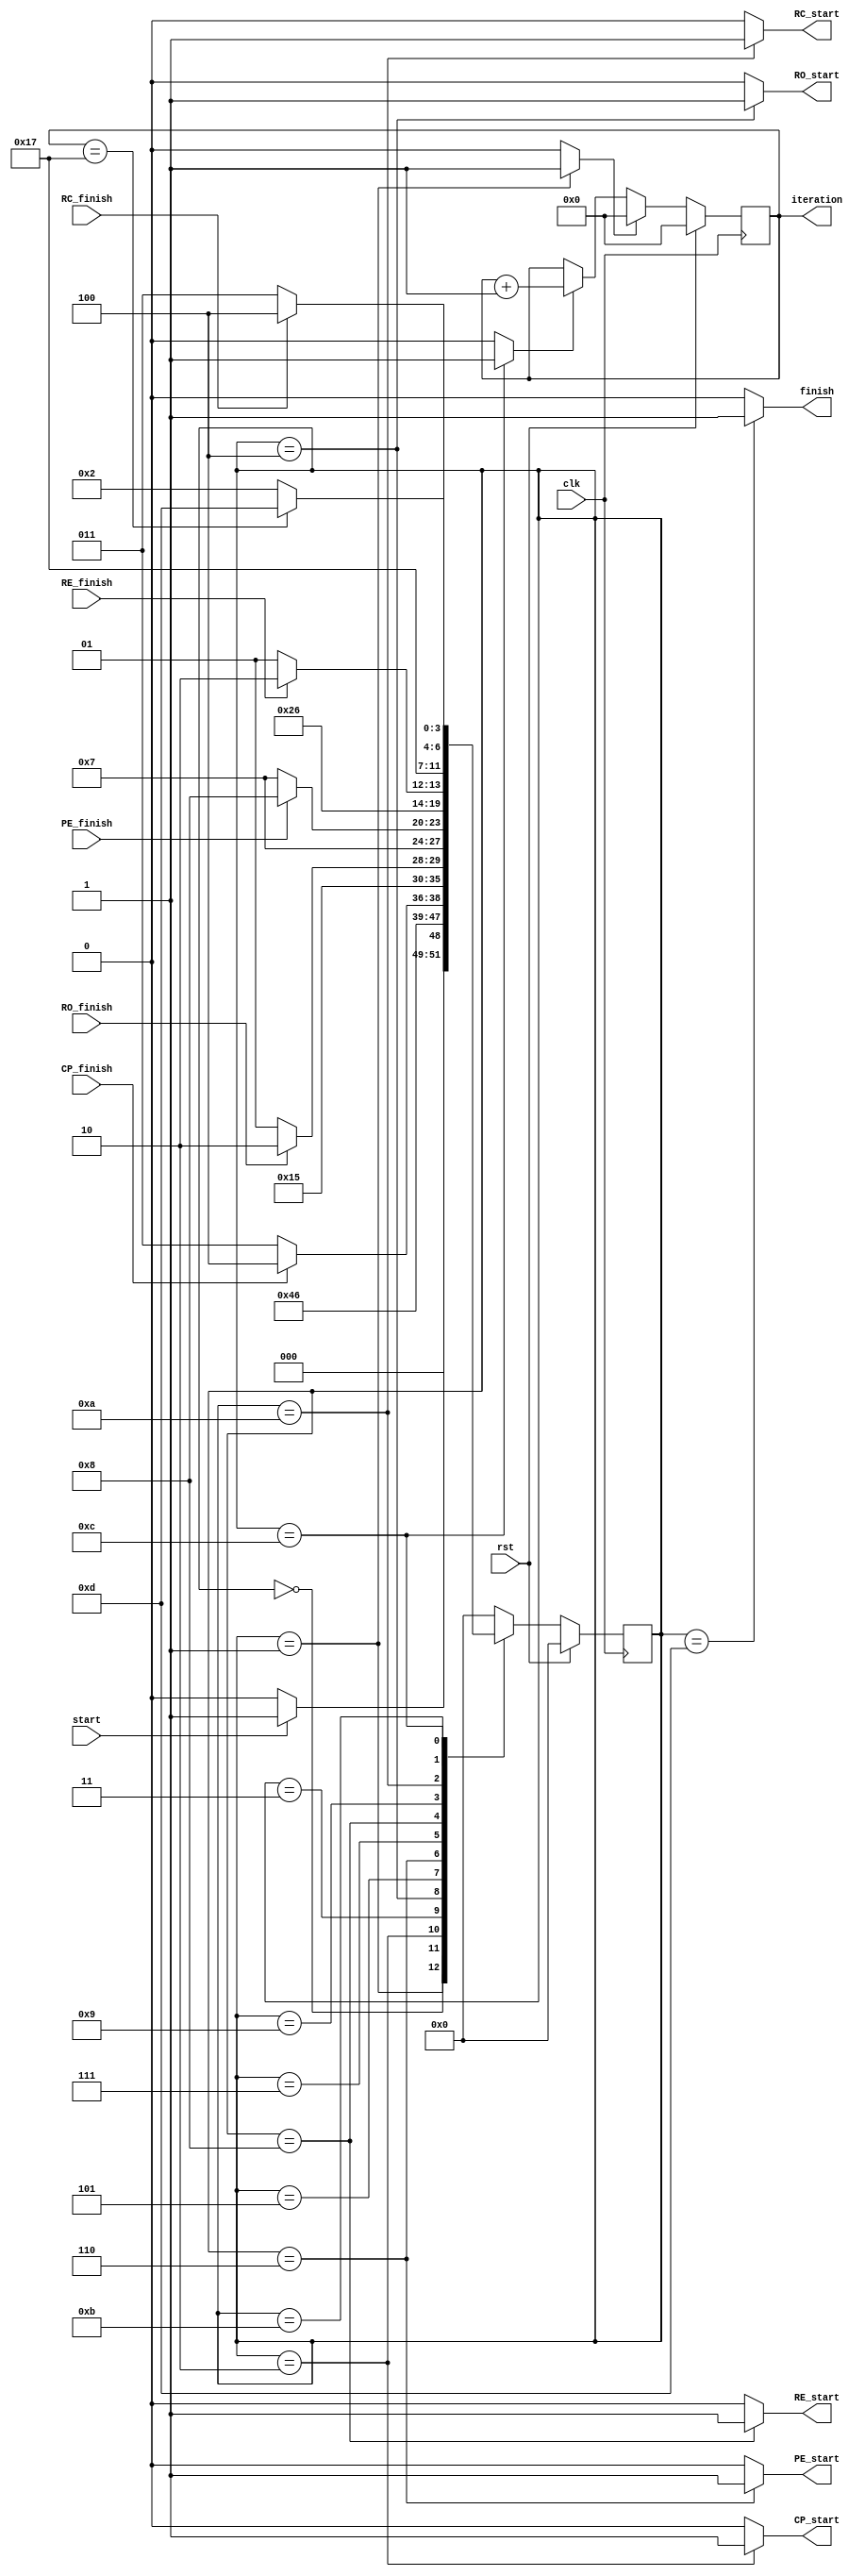
`timescale 1ns/1ns

`define IDLE 4'd0
`define INIT 4'd1
`define CP_START 4'd2
`define CP_CAL 4'd3
`define RO_START 4'd4
`define RO_CAL 4'd5
`define PE_START 4'd6
`define PE_CAL 4'd7
`define RE_START 4'd8
`define RE_CAL 4'd9
`define RC_START 4'd10
`define RC_CAL 4'd11
`define IT_CHECK 4'd12
`define DONE 4'd13

module encoder_controller (clk, rst, 
                            start, finish, 
                            CP_start, CP_finish,
                            RO_start, RO_finish,
                            PE_start, PE_finish,
                            RE_start, RE_finish,
                            RC_start, RC_finish,
                            iteration);

    input clk, rst;
    input start;
    output reg finish;
    output reg CP_start, RO_start, PE_start, RE_start, RC_start;
    input CP_finish, RO_finish, PE_finish, RE_finish, RC_finish;
    output [4:0] iteration;

    reg [3:0] pstate = `IDLE;
    reg [3:0] nstate;

    reg cnt_inc;
    reg cnt_rst;
    reg [4:0] counter;

    always @(pstate, start, CP_finish, RO_finish, PE_finish, RE_finish, RC_finish, counter) begin
        {nstate, CP_start, RO_start, PE_start, RE_start, RC_start, finish, cnt_inc, cnt_rst} = 12'b0;
        case (pstate)
            `IDLE: begin nstate = (start) ? `INIT : `IDLE; end
            `INIT: begin nstate = `CP_START; cnt_rst = 1'b1; end
            `CP_START: begin nstate = `CP_CAL; CP_start = 1'b1; end
            `CP_CAL: begin nstate = (CP_finish) ? `RO_START : `CP_CAL; end
            `RO_START: begin nstate = `RO_CAL; RO_start = 1'b1; end
            `RO_CAL: begin nstate = (RO_finish) ? `PE_START : `RO_CAL; end
            `PE_START: begin nstate = `PE_CAL; PE_start = 1'b1; end
            `PE_CAL: begin nstate = (PE_finish) ? `RE_START : `PE_CAL; end
            `RE_START: begin nstate = `RE_CAL; RE_start = 1'b1; end
            `RE_CAL: begin nstate = (RE_finish) ? `RC_START : `RE_CAL; end
            `RC_START: begin nstate = `RC_CAL; RC_start = 1'b1; end
            `RC_CAL: begin nstate = (RC_finish) ? `IT_CHECK : `RC_CAL; end
            `IT_CHECK: begin nstate = (counter == 5'd23) ? `DONE : `CP_START; cnt_inc = 1'b1; end
            `DONE: begin nstate = `IDLE; finish = 1'b1; end
            default: begin nstate = `IDLE; end
        endcase
    end

    always @(posedge clk) begin
        if (rst) begin
            pstate <= `IDLE;
            counter <= 5'd0;
        end
        else begin
            pstate <= nstate;
	    if (cnt_rst) begin
	        counter <= 5'd0;
	    end
            else if (cnt_inc) begin
                counter <= counter + 1;
            end
        end
    end

    assign iteration = counter;

endmodule